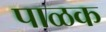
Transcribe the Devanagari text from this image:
पाळक